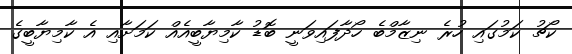
ކޯޗު ކަމުގައި ހުރެ ނިޒާމްބެ ހޯދާފައިވަނީ ބޮޑު ކާމިޔާބީއެއް ކަމަށާއި އެ ކާމިޔާބީގެ